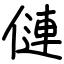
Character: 僆